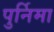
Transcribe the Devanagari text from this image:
पुर्निमा